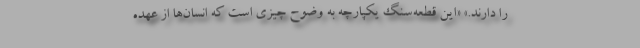
را دارند.» «این قطعه‌سنگ یکپارچه به وضوح چیزی است که انسان‌ها از عهده